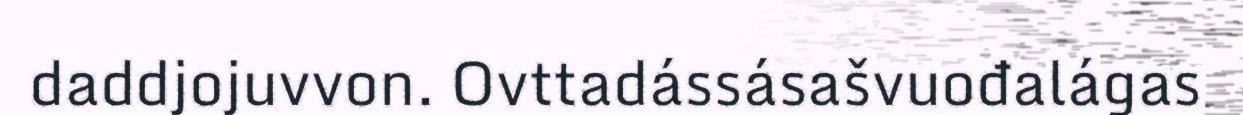
daddjojuvvon. Ovttadássásašvuođalágas